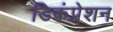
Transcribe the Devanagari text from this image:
डिकंप्रेशन